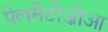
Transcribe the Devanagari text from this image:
पेलमेटोज़ोआ